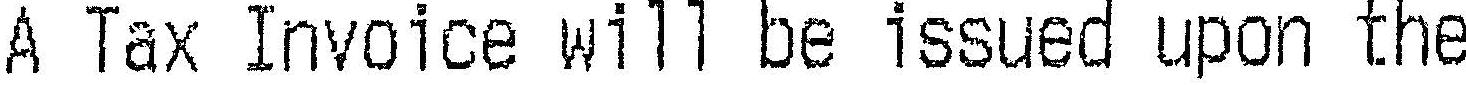
A TAX INVOICE WILL BE ISSUED UPON THE